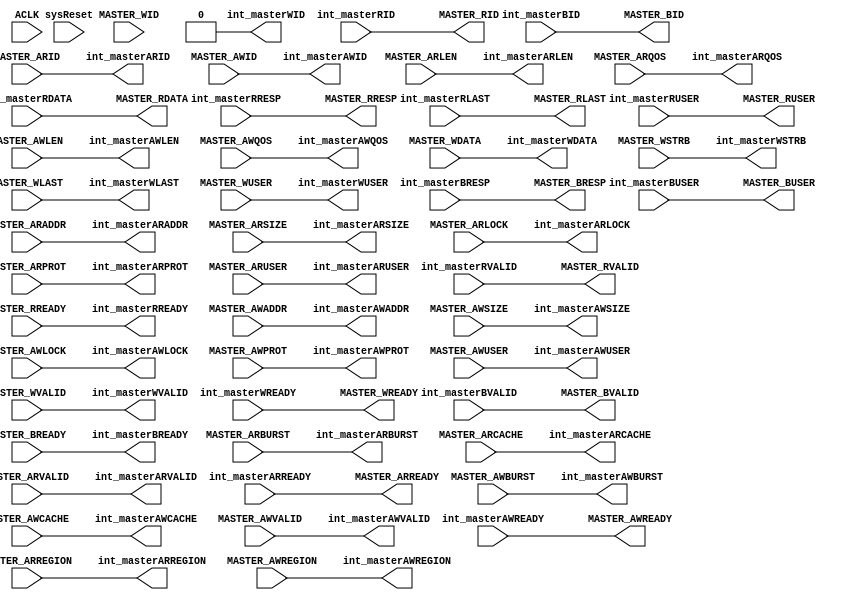
`timescale 1ns / 1ns

///////////////////////////////////////////////////////////////////////////////////////////////////
// Company: MICROSEMI
//
// IP Core: COREAXI4INTERCONNECT
//
//  Description  : The AMBA AXI4 Interconnect core connects one or more AXI memory-mapped master devices to one or
//                 more memory-mapped slave devices. The AMBA AXI protocol supports high-performance, high-frequency
//                 system designs.
//
//    Abstract  : This file provides an Master Protocol Converter for each master. All master side ports
//                can be AHB-Lite, AXI3, AXI4 or AXI4-Lite. Infrastructure components ensure all ports 
//                are converted to AXI4 to be switched by caxi4interconnect_Axi4CrossBar.
//
//  COPYRIGHT 2017 BY MICROSEMI 
//  THE INFORMATION CONTAINED IN THIS DOCUMENT IS SUBJECT TO LICENSING RESTRICTIONS 
//  FROM MICROSEMI CORP.  IF YOU ARE NOT IN POSSESSION OF WRITTEN AUTHORIZATION FROM 
//  MICROSEMI FOR USE OF THIS FILE, THEN THE FILE SHOULD BE IMMEDIATELY DESTROYED AND 
//  NO BACK-UP OF THE FILE SHOULD BE MADE. 
//
//
/////////////////////////////////////////////////////////////////////////////////////////////////// 

module caxi4interconnect_MstrProtocolConverter #

	(
		parameter integer 	NUM_MASTERS			= 4,			// defines number of master ports 
		parameter integer 	MASTER_NUMBER		= 0,			//current master
		parameter integer 	ADDR_WIDTH      	= 20,			// valid values - 16 - 64
		parameter integer 	DATA_WIDTH 			= 32,			// valid widths - 32, 64, 128, 256
		
		parameter [1:0] 	MASTER_TYPE			= 2'b00,		// Protocol type = AXI4 - 2'b00, AXI4Lite - 2'b01, AXI3 - 2'b11
		
		parameter integer 	USER_WIDTH 			= 1,			// defines the number of bits for USER signals RUSER and WUSER
	
		parameter integer 	ID_WIDTH   			= 1				// number of bits for ID (ie AID, WID, BID) - valid 1-8 
		
	)
	(

	//=====================================  Global Signals   ========================================================================
		input  wire                         ACLK,
		input  wire                       	sysReset,			// active low reset synchronoise to RE AClk - asserted async.
		
	output reg [ID_WIDTH-1:0] 		int_masterARID,
	output reg [ADDR_WIDTH-1:0]		int_masterARADDR,
	output reg [7:0]        		int_masterARLEN,
	output reg [2:0]          		int_masterARSIZE,
	output reg [1:0]          		int_masterARBURST,
	output reg [1:0]          		int_masterARLOCK,
	output reg [3:0]           		int_masterARCACHE,
	output reg [2:0]         		int_masterARPROT,
	output reg [3:0]          		int_masterARREGION,
	output reg [3:0]          		int_masterARQOS,
	output reg [USER_WIDTH-1:0]		int_masterARUSER,
	output reg            			int_masterARVALID,
	input wire             			int_masterARREADY,

	// Master Read Data Ports	
	input wire [ID_WIDTH-1:0]   	int_masterRID,
	input wire [DATA_WIDTH-1:0]		int_masterRDATA,
	input wire [1:0]           		int_masterRRESP,
	input wire                		int_masterRLAST,
	input wire [USER_WIDTH-1:0] 	int_masterRUSER,
	input wire                 		int_masterRVALID,
	output reg               		int_masterRREADY,

	// Master Write Address Ports	
	output reg [ID_WIDTH-1:0]  		int_masterAWID,
	output reg [ADDR_WIDTH-1:0] 	int_masterAWADDR,
	output reg [7:0]           		int_masterAWLEN,
	output reg [2:0]           		int_masterAWSIZE,
	output reg [1:0]           		int_masterAWBURST,
	output reg [1:0]           		int_masterAWLOCK,
	output reg [3:0]          		int_masterAWCACHE,
	output reg [2:0]           		int_masterAWPROT,
	output reg [3:0]            	int_masterAWREGION,
	output reg [3:0]           		int_masterAWQOS,
	output reg [USER_WIDTH-1:0]   	int_masterAWUSER,
	output reg                 		int_masterAWVALID,
	input wire                		int_masterAWREADY,
	
	// Master Write Data Ports	
	output reg [ID_WIDTH-1:0]       int_masterWID,
	output reg [DATA_WIDTH-1:0]  	int_masterWDATA,
	output reg [(DATA_WIDTH/8)-1:0]	int_masterWSTRB,
	output reg                  	int_masterWLAST,
	output reg [USER_WIDTH-1:0] 	int_masterWUSER,
	output reg                  	int_masterWVALID,
	input wire                   	int_masterWREADY,
			
	// Master Write Response Ports	
	input  wire [ID_WIDTH-1:0]		int_masterBID,
	input  wire [1:0]           	int_masterBRESP,
	input  wire [USER_WIDTH-1:0] 	int_masterBUSER,
	input  wire      				int_masterBVALID,
	output reg						int_masterBREADY,

	//================================================= External Side Ports  ================================================//

	// Master Read Address Ports	
	input  wire [ID_WIDTH-1:0]  	MASTER_ARID,
	input  wire [ADDR_WIDTH-1:0]	MASTER_ARADDR,
	input  wire [7:0]           	MASTER_ARLEN,
	input  wire [2:0]        		MASTER_ARSIZE,
	input  wire [1:0]           	MASTER_ARBURST,
	input  wire [1:0]         		MASTER_ARLOCK,
	input  wire [3:0]          		MASTER_ARCACHE,
	input  wire [2:0]         		MASTER_ARPROT,
	input  wire [3:0]          		MASTER_ARREGION,
	input  wire [3:0]          		MASTER_ARQOS,
	input  wire [USER_WIDTH-1:0]	MASTER_ARUSER,
	input  wire                		MASTER_ARVALID,
	output reg                		MASTER_ARREADY,
	
	// Master Read Data Ports	
	output reg [ID_WIDTH-1:0]  		MASTER_RID,
	output reg [DATA_WIDTH-1:0]  	MASTER_RDATA,
	output reg [1:0]           		MASTER_RRESP,
	output reg                  	MASTER_RLAST,
	output reg [USER_WIDTH-1:0] 	MASTER_RUSER,
	output reg               		MASTER_RVALID,
	input wire                 		MASTER_RREADY,
	
	// Master Write Address Ports	
	input  wire [ID_WIDTH-1:0]   	MASTER_AWID,
	input  wire [ADDR_WIDTH-1:0] 	MASTER_AWADDR,
	input  wire [7:0]           	MASTER_AWLEN,
	input  wire [2:0]           	MASTER_AWSIZE,
	input  wire [1:0]           	MASTER_AWBURST,
	input  wire [1:0]            	MASTER_AWLOCK,
	input  wire [3:0]          		MASTER_AWCACHE,
	input  wire [2:0]           	MASTER_AWPROT,
	input  wire [3:0]           	MASTER_AWREGION,
	input  wire [3:0]           	MASTER_AWQOS,
	input  wire [USER_WIDTH-1:0] 	MASTER_AWUSER,
	input  wire                  	MASTER_AWVALID,
	output reg                		MASTER_AWREADY,
	
	// Master Write Data Ports	
	input  wire [ID_WIDTH-1:0]   	MASTER_WID,
	input wire [DATA_WIDTH-1:0]   	MASTER_WDATA,
	input wire [(DATA_WIDTH/8)-1:0]	MASTER_WSTRB,
	input wire                   	MASTER_WLAST,
	input wire [USER_WIDTH-1:0] 	MASTER_WUSER,
	input wire                  	MASTER_WVALID,
	output reg                  	MASTER_WREADY,
	
	// Master Write Response Ports	
	output reg [ID_WIDTH-1:0]		MASTER_BID,
	output reg [1:0]           		MASTER_BRESP,
	output reg [USER_WIDTH-1:0]  	MASTER_BUSER,
	output reg      				MASTER_BVALID,
	input wire						MASTER_BREADY

	);


//================================================= External Side Ports  ================================================//
	
	
	generate
		if ( MASTER_TYPE == 2'b00) 		// AXI4 Master type - direct connection
			begin
			
				//====================================== ASSIGNEMENTS =================================================
				always @(*)
					begin
			
						//from master to crossbar
						int_masterAWID 		<= MASTER_AWID;
						int_masterAWADDR 	<= MASTER_AWADDR;
						int_masterAWLEN 	<= MASTER_AWLEN;
						int_masterAWSIZE 	<= MASTER_AWSIZE;
						int_masterAWBURST 	<= MASTER_AWBURST;
						int_masterAWLOCK 	<= MASTER_AWLOCK;
						int_masterAWCACHE 	<= MASTER_AWCACHE;
						int_masterAWPROT 	<= MASTER_AWPROT;
						int_masterAWREGION 	<= MASTER_AWREGION;
						int_masterAWQOS 	<= MASTER_AWQOS;				// not used
						int_masterAWUSER 	<= MASTER_AWUSER;				// not used
						int_masterAWVALID 	<= MASTER_AWVALID;
						int_masterWID       <= {ID_WIDTH{1'b0}};
						int_masterWDATA 	<= MASTER_WDATA;
						int_masterWSTRB 	<= MASTER_WSTRB;
						int_masterWLAST 	<= MASTER_WLAST;
						int_masterWUSER 	<= MASTER_WUSER;
						int_masterWVALID	<= MASTER_WVALID;
						int_masterBREADY 	<= MASTER_BREADY;
						int_masterARID 		<= MASTER_ARID;
						int_masterARADDR 	<= MASTER_ARADDR;
						int_masterARLEN 	<= MASTER_ARLEN;
						int_masterARSIZE 	<= MASTER_ARSIZE;
						int_masterARBURST 	<= MASTER_ARBURST;
						int_masterARLOCK 	<= MASTER_ARLOCK;
						int_masterARCACHE 	<= MASTER_ARCACHE;
						int_masterARPROT 	<= MASTER_ARPROT;
						int_masterARREGION 	<= MASTER_ARREGION;
						int_masterARQOS 	<= MASTER_ARQOS;		// not used
						int_masterARUSER 	<= MASTER_ARUSER;
						int_masterARVALID 	<= MASTER_ARVALID;
						int_masterRREADY 	<= MASTER_RREADY;

						//================================================= External Side Ports  ===============================
						//from crossbar to master
						MASTER_AWREADY 		<= int_masterAWREADY;
						MASTER_WREADY 		<= int_masterWREADY;
						MASTER_BID 			<= int_masterBID;
						MASTER_BRESP 		<= int_masterBRESP;
						MASTER_BUSER 		<= int_masterBUSER;
						MASTER_BVALID 		<= int_masterBVALID;
						MASTER_ARREADY 		<= int_masterARREADY;

						MASTER_RID 			<= int_masterRID;
						MASTER_RDATA 		<= int_masterRDATA;
						MASTER_RRESP 		<= int_masterRRESP;
						MASTER_RLAST 		<= int_masterRLAST;
						MASTER_RUSER 		<= int_masterRUSER;
						MASTER_RVALID 		<= int_masterRVALID;

					end
			end
			
		else if ( MASTER_TYPE == 2'b01) 		// AXI4-Lite Master type	
			begin
			
				always @(*)
					begin
					
						int_masterAWLEN  	<= 0; 			// always single cycle
						int_masterAWBURST  	<= 2'b01;		// burst length is defined as 1.

						int_masterAWLOCK <= 0;

						int_masterAWCACHE 	<= 4'b0000;		// <= 0b0000; signal discarded. All transactions are treated as Non-modifiable and Non-bufferable.
						int_masterWLAST 	<= 1'b1;		// 
						int_masterARLEN 	<= 0; 			// always 1 beat in burst
						int_masterARBURST  	<= 2'b01;		// burst length is defined as 1.
						
						int_masterARLOCK <= 0;
						
						int_masterARCACHE  	<= 4'b0000;		// <= 0b0000; signal discarded. All transactions are treated as Non-modifiable and Non-bufferable.

						int_masterAWID <= 0;				//MASTER_AWID not provided. Use fixed ID value. All transactions must be in order
						// andreag: propagate the master transfer size for any data_width
						int_masterAWSIZE <= MASTER_AWSIZE;	//3'b010
						int_masterARSIZE <= MASTER_ARSIZE;	//3'b010
						// from master to crossbar
				    
						int_masterAWADDR 	<= MASTER_AWADDR;
				    
						int_masterAWPROT 	<= MASTER_AWPROT;
						int_masterAWREGION 	<= MASTER_AWREGION;
						int_masterAWQOS 	<= MASTER_AWQOS;				// not used
						int_masterAWUSER 	<= MASTER_AWUSER;				// not used
						int_masterAWVALID 	<= MASTER_AWVALID;
						int_masterWID       <= {ID_WIDTH{1'b0}};
						int_masterWDATA 	<= MASTER_WDATA;
						int_masterWSTRB 	<= MASTER_WSTRB;
						int_masterWUSER 	<= MASTER_WUSER;
						int_masterWVALID 	<= MASTER_WVALID;
						int_masterBREADY 	<= MASTER_BREADY;
						int_masterARID 		<= MASTER_ARID;
						int_masterARADDR 	<= MASTER_ARADDR;

						int_masterARPROT 	<= MASTER_ARPROT;
						int_masterARREGION 	<= MASTER_ARREGION;
						int_masterARQOS 	<= MASTER_ARQOS;		// not used
						int_masterARUSER 	<= MASTER_ARUSER;
						int_masterARVALID 	<= MASTER_ARVALID;
						int_masterRREADY 	<= MASTER_RREADY;
				   
						//================================= External Side Ports  ==============================================

						//from crossbar to master
						MASTER_AWREADY 	<= int_masterAWREADY;
						MASTER_WREADY 	<= int_masterWREADY;
						MASTER_BID 		<= int_masterBID;

						if (int_masterBRESP == 2'b01)	//EXOKAY Not supported by AXI4Lite protocol
							begin
								MASTER_BRESP <= 2'b00; //OKAY
							end
						else
							begin
								MASTER_BRESP <= int_masterBRESP;
							end
							
						MASTER_BUSER 	<= int_masterBUSER;
						MASTER_BVALID 	<= int_masterBVALID;
						MASTER_ARREADY 	<= int_masterARREADY;

						MASTER_RID 		<= int_masterRID;
						MASTER_RDATA 	<= int_masterRDATA;
						
						if (int_masterRRESP == 2'b01)	//EXOKAY Not supported by AXI4Lite protocol
							begin
								MASTER_RRESP <= 2'b00; //OKAY
							end
						else
							begin
								MASTER_RRESP <= int_masterRRESP;
							end
							
						MASTER_RLAST 	<= int_masterRLAST;
						MASTER_RUSER 	<= int_masterRUSER;
						MASTER_RVALID 	<= int_masterRVALID;
					end
			end

		else 			// Axi3 to AXI4
			begin
				always @(*)
					begin
						//from master to crossbar
						int_masterAWID 		<= MASTER_AWID;
						int_masterAWADDR 	<= MASTER_AWADDR;
						int_masterAWLEN 	<= MASTER_AWLEN;
						int_masterAWSIZE 	<= MASTER_AWSIZE;
						int_masterAWBURST 	<= MASTER_AWBURST;
						
						int_masterAWLOCK <= ( MASTER_AWLOCK == 2'b10 ) ? 2'b00 : MASTER_AWLOCK;	//map between AXI3 and AXI4 locking mechanisms
						
						int_masterAWCACHE 	<= MASTER_AWCACHE;
						int_masterAWPROT 	<= MASTER_AWPROT;
						int_masterAWREGION 	<= MASTER_AWREGION;
						int_masterAWQOS 	<= MASTER_AWQOS;				// not used
						int_masterAWUSER 	<= MASTER_AWUSER;				// not used
						int_masterAWVALID 	<= MASTER_AWVALID;
						int_masterWID       <= MASTER_WID;
						int_masterWDATA 	<= MASTER_WDATA;
						int_masterWSTRB 	<= MASTER_WSTRB;
						int_masterWLAST 	<= MASTER_WLAST;
						int_masterWUSER 	<= MASTER_WUSER;
						int_masterWVALID	<= MASTER_WVALID;
						int_masterBREADY 	<= MASTER_BREADY;
						int_masterARID 		<= MASTER_ARID;
						int_masterARADDR 	<= MASTER_ARADDR;
						int_masterARLEN 	<= MASTER_ARLEN;
						int_masterARSIZE 	<= MASTER_ARSIZE;
						int_masterARBURST 	<= MASTER_ARBURST;
						
						int_masterARLOCK <= ( MASTER_ARLOCK == 2'b10 ) ? 2'b00 : MASTER_AWLOCK;	//map between AXI3 and AXI4 locking mechanisms
						
						int_masterARCACHE 	<= MASTER_ARCACHE;
						int_masterARPROT 	<= MASTER_ARPROT;
						int_masterARREGION 	<= MASTER_ARREGION;
						int_masterARQOS 	<= MASTER_ARQOS;		// not used
						int_masterARUSER 	<= MASTER_ARUSER;
						int_masterARVALID 	<= MASTER_ARVALID;
						int_masterRREADY 	<= MASTER_RREADY;

						//================================================= External Side Ports  ===============================
						//from crossbar to master
						MASTER_AWREADY 		<= int_masterAWREADY;
						MASTER_WREADY 		<= int_masterWREADY;
						MASTER_BID 			<= int_masterBID;
						MASTER_BRESP 		<= int_masterBRESP;
						MASTER_BUSER 		<= int_masterBUSER;
						MASTER_BVALID 		<= int_masterBVALID;
						MASTER_ARREADY 		<= int_masterARREADY;

						MASTER_RID 			<= int_masterRID;
						MASTER_RDATA 		<= int_masterRDATA;
						MASTER_RRESP 		<= int_masterRRESP;
						MASTER_RLAST 		<= int_masterRLAST;
						MASTER_RUSER 		<= int_masterRUSER;
						MASTER_RVALID 		<= int_masterRVALID;
						
					end
			end
			
	endgenerate
	
endmodule